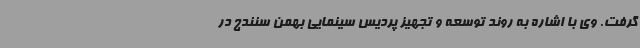
گرفت. وی با اشاره به روند توسعه و تجهیز پردیس سینمایی بهمن سنندج در